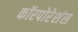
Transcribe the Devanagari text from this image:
कॉरपोरेशंस